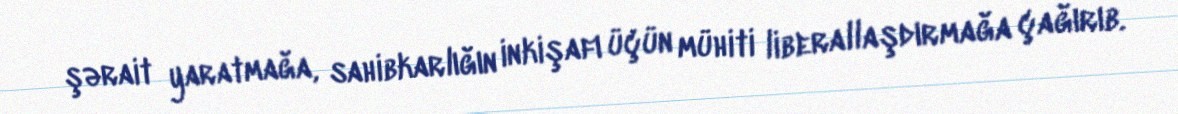
şərait yaratmağa, sahibkarlığın inkişafı üçün mühiti liberallaşdırmağa çağırıb.